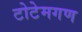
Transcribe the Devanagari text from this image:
टोटेमगण